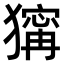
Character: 𤡺